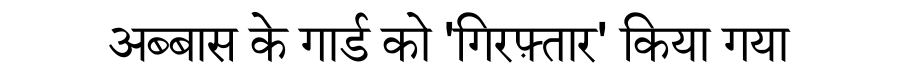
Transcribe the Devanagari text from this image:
अब्बास के गार्ड को 'गिरफ़्तार' किया गया